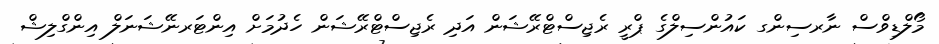
މޯލްޑިވްސް ނާރސިންގ ކައުންސިލްގެ ޕްރީ ރެޖިސްޓްރޭޝަން އަދި ރެޖިސްޓްރޭޝަން ހެދުމަށް އިންޓަރނޭޝަނަލް އިންގްލިޝް